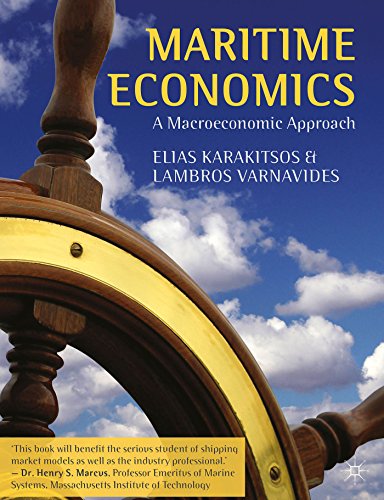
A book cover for Maritime Economics: A Macroeconomic Approach; Elias Karakitsos; Business & Money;